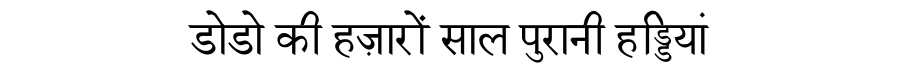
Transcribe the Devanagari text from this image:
डोडो की हज़ारों साल पुरानी हड्डियां